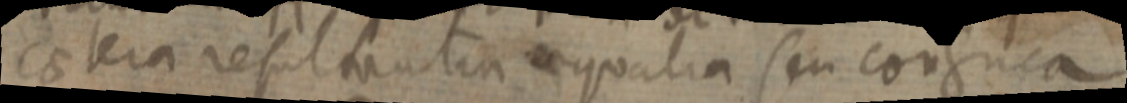
caetera resulvatin aequalia seu co_ca